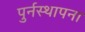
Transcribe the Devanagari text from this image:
पुर्नस्‍थापना